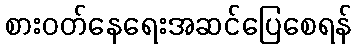
စားဝတ်နေရေးအဆင်ပြေစေရန်